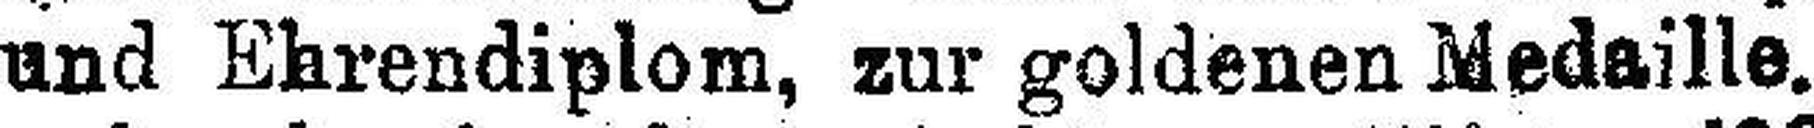
und Ehrendiplom, zur goldenen Medaille.